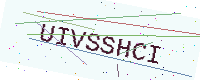
Text: UIVSSHCI